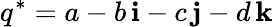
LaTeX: q^{*}=a-b\, \mathbf{i}-c\, \mathbf{j}-d\, \mathbf{k}